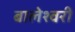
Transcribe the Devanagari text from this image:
बालेश्वरी